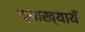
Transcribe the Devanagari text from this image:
व्याख्यायँ